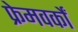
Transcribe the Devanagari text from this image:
फ्रेमवर्कों